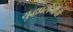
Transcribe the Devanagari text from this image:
युद्धप्रसंगीची